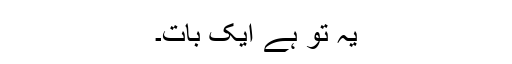
یہ تو ہے ایک بات۔